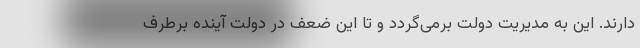
دارند. این به مدیریت دولت برمی‌گردد و تا این ضعف در دولت آینده برطرف